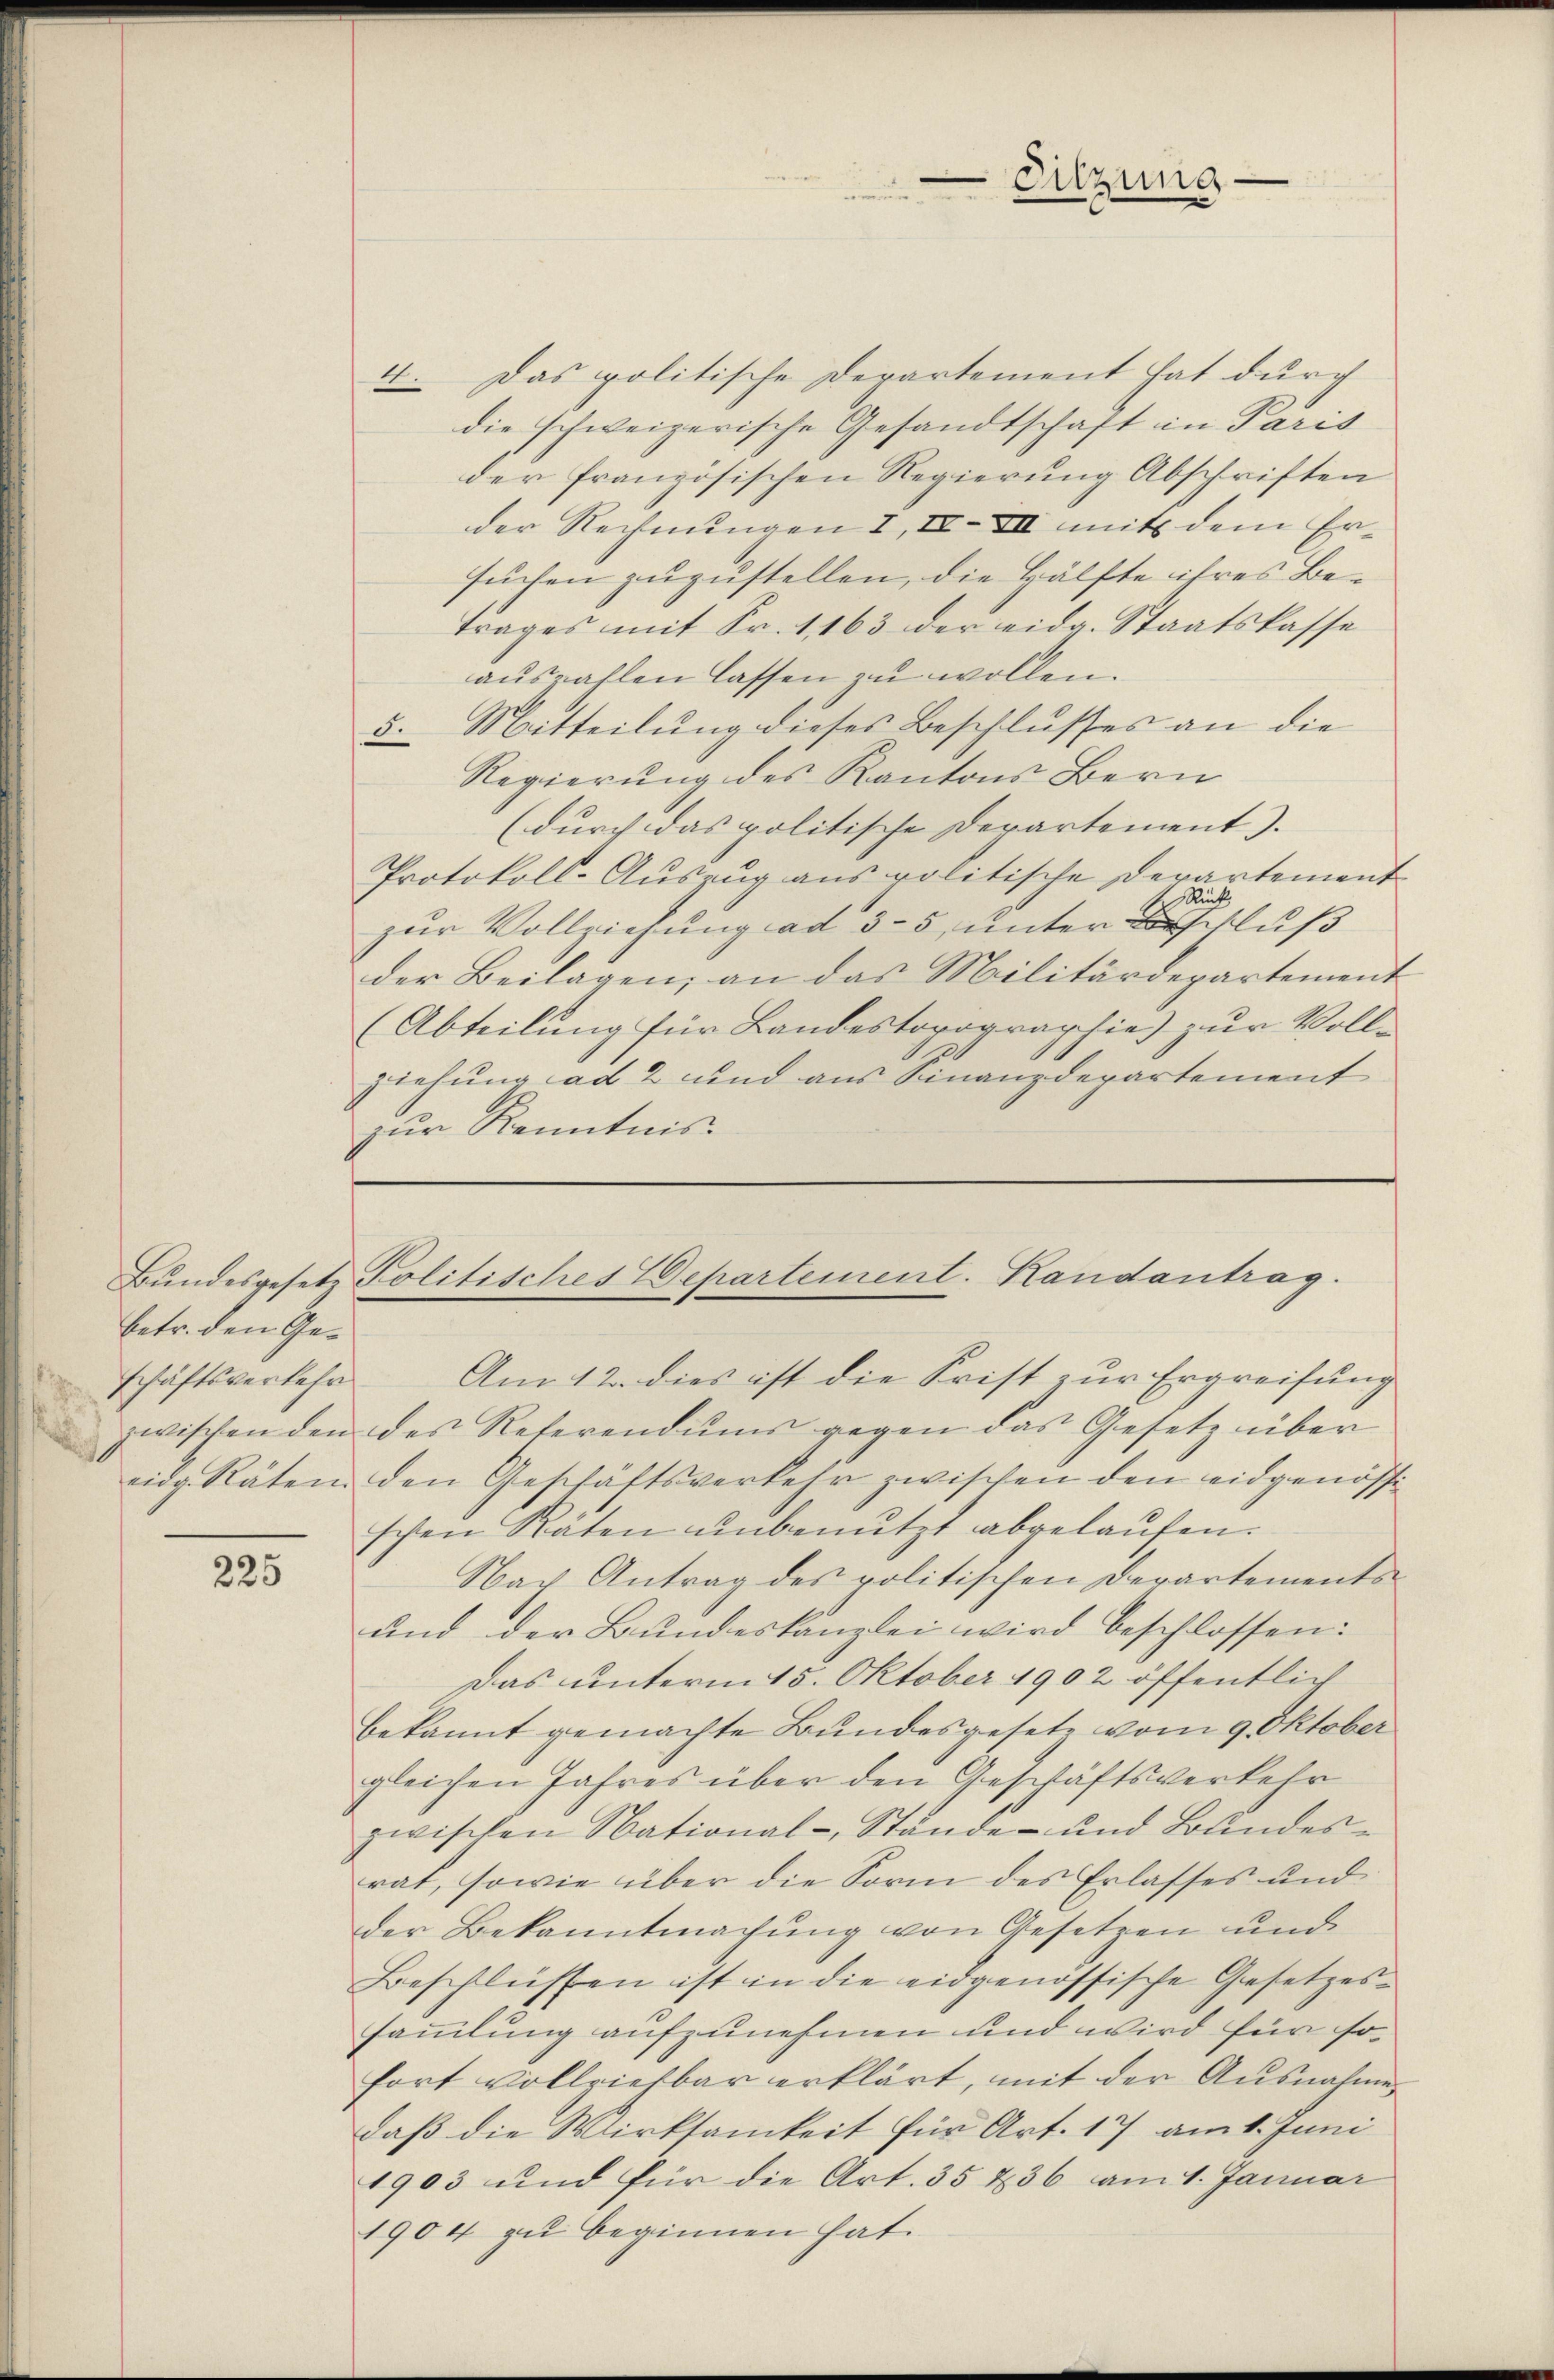
betr. den Geschäftsverkehr

225

4. Das politische Departement hat durch
die schweizerische Gesandtschaft in Paris
der französischen Regierung Abschriften
der Rechnungen I, IV. VII mit dem Ersuchen zuzustellen, die Hälfte ihres Betrages mit Fr. 1163 der eidg. Staatskasse
auszahlen lassen zu wollen.
5. Mitteilung dieses Beschlusses an die
Regierung des Kantons Bern
(durch das politische Departement). |
Protokoll-Auszug aus politische Derartement
zur Vollziehung ad 35, unter auß
der Beilagen; an das Militärdepartement
(Abteilung für Landestorographie) zur Voll-
e
ziehung ad 2 und aus Finanzdepartement
zur Kenntnis.

Sitzung

Bŭndesgesetz Politisches Departement. Kandantrag.
Am 12. dies ist die Frist zur Ergreifung

zwischen den des Reterendums gegen das Gesetz über
eidg. Räten den Geschäftsverkehr zwischen den eidgenössi
schen Räten ŭnbenutzt abgelaŭfen.
Nach Antrag des politischen Derartements¬
und der Bundeskanzlei wird beschlossen:
Das unterm 15. Oktober 1902 öffentlich
bekannt gemachte Bundesgesetz vom 9. Oktober
gleichen Jahres über den Geschäftsverkehr
zwischen National- Stande und Bundesrat, sowie über die Sorm des Erlasses und
der Bekanntmachung von Gesetzen und
Beschlüssen ist in die eidgenössische Gesetzessammlung aufzunehmen und wird für so
fort vollziehbar erklärt, mit der Ausnahme
daß die Wirksamkeit für Art. 17 am 1. Juni
1903 und für die Art. 35 & 36 am 1. Januar
1904 zu beginnen hat.